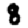
Digit: 8